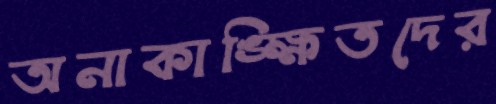
অনাকাঙ্ক্ষিতদের